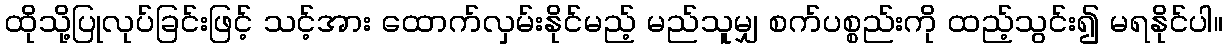
ထိုသို့ပြုလုပ်ခြင်းဖြင့် သင့်အား ထောက်လှမ်းနိုင်မည့် မည်သူမျှ စက်ပစ္စည်းကို ထည့်သွင်း၍ မရနိုင်ပါ။